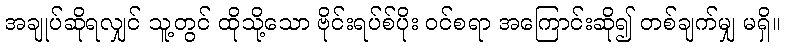
အချုပ်ဆိုရလျှင် သူ့တွင် ထိုသို့သော ဗိုင်းရပ်စ်ပိုး ဝင်စရာ အကြောင်းဆို၍ တစ်ချက်မျှ မရှိ။